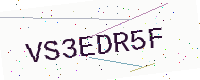
Text: VS3EDR5F